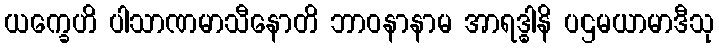
ယက္ခေဟိ ပါသာဏမာသီနောတိ ဘာဝနာနာမ အာရဒ္ဓါနိ ပဌမယာမာဒီသု